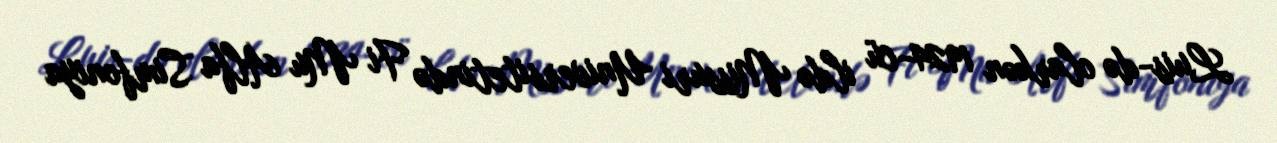
Luis-də olarkən 1924-cü ildə Missuri Universitetində Fi Mu Alfa Simfoniya